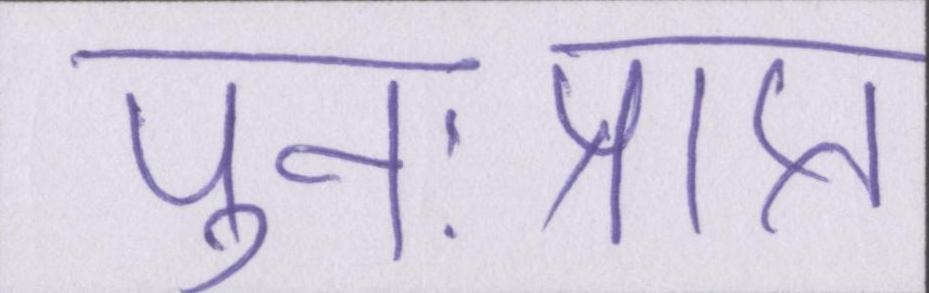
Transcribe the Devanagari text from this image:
पुनःप्राप्त